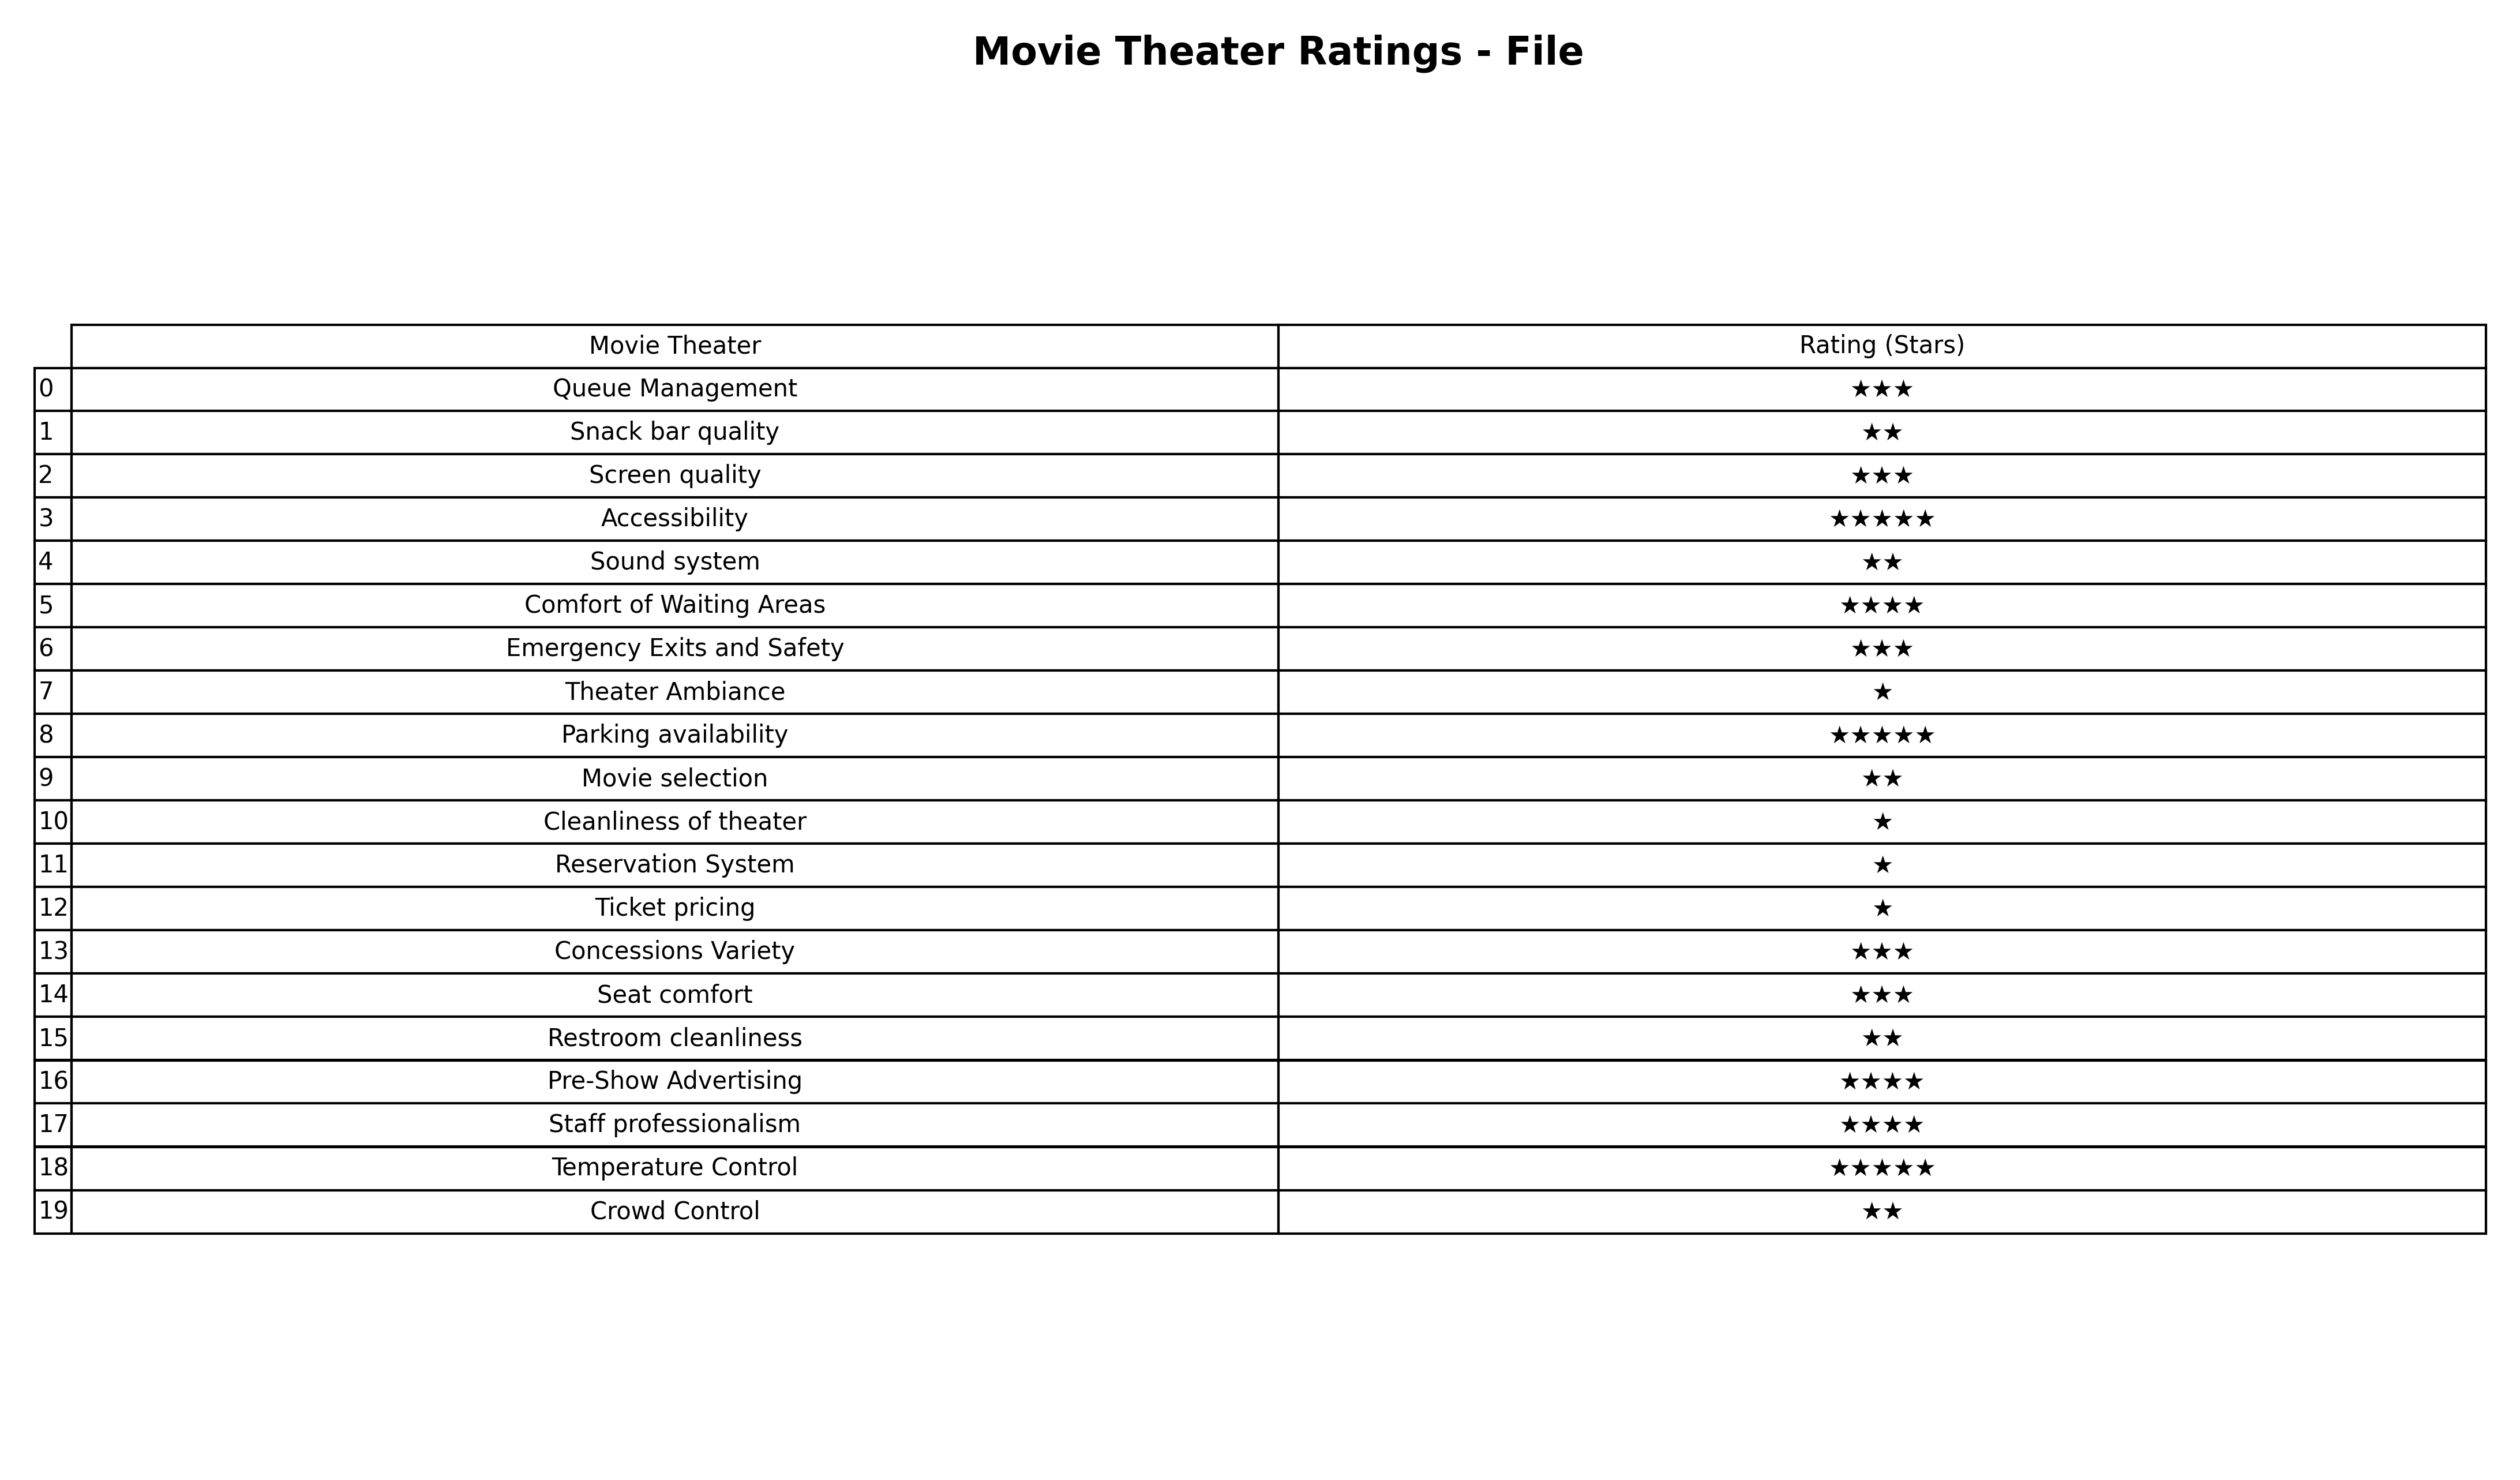
question: Which services are rated average?
answer: Queue ManagementScreen qualityEmergency Exits and SafetyConcessions VarietySeat comfort